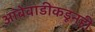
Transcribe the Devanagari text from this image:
आंबेवाडीकडूनही